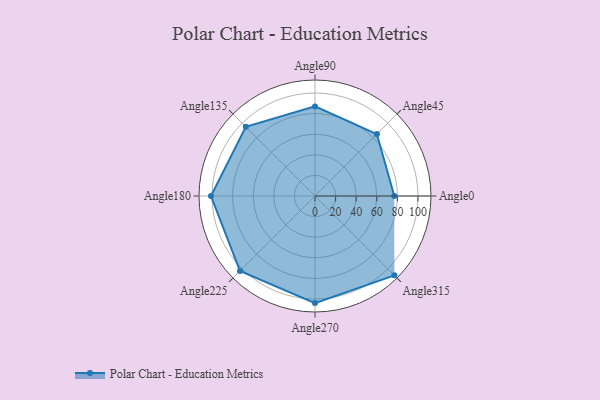
{"axis": {"x": "Angle", "y": "Radius"}, "legend": [""], "data": [{"x": "Angle0", "y": 77.0, "type": ""}, {"x": "Angle45", "y": 85.0, "type": ""}, {"x": "Angle90", "y": 87.0, "type": ""}, {"x": "Angle135", "y": 95.0, "type": ""}, {"x": "Angle180", "y": 101.0, "type": ""}, {"x": "Angle225", "y": 103.0, "type": ""}, {"x": "Angle270", "y": 104.0, "type": ""}, {"x": "Angle315", "y": 109.0, "type": ""}]}